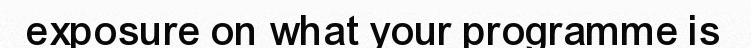
exposure on what your programme is